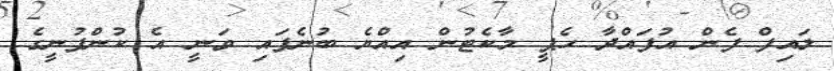
ލައިފް ފެން އުފައްދާ ހެޕީ މާކެޓުން އިއްޔެ ބުނެފައި ވަނީ އެ ކުންފުނީގެ